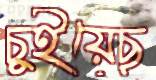
চুইয়েছ